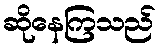
ဆိုနေကြသည်